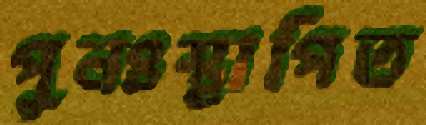
পুনঃস্থাপিত